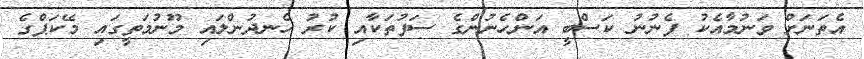
އެތަނަށް ވަނުމާއެކު ފެނުނު ކަސްބީ އަންހެނުންގެ ސަފުތަކާއި ކުރު ހެނދުންލައި މޫނުމަތީގައި މޭކަޕްގެ